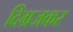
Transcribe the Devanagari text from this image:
दिग्रजकर